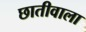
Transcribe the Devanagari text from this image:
छातीवाला